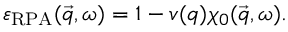
\varepsilon _ { \mathrm { R P A } } ( \vec { q } , \omega ) = 1 - v ( q ) \chi _ { 0 } ( \vec { q } , \omega ) .